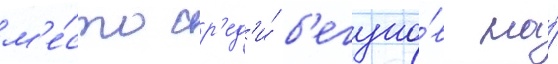
м'е́сто ср'ед'и́ б'егуно́в на́